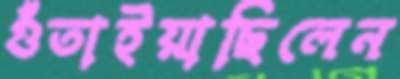
গুঁতাইয়াছিলেন